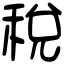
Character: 稅